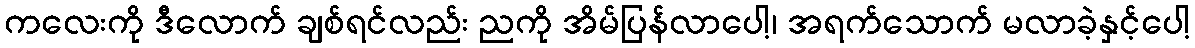
ကလေးကို ဒီလောက် ချစ်ရင်လည်း ညကို အိမ်ပြန်လာပေါ့၊ အရက်သောက် မလာခဲ့နှင့်ပေါ့